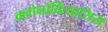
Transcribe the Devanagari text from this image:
क्लोनॉर्कियासिस